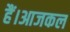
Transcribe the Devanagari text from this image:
हैं।आजकल